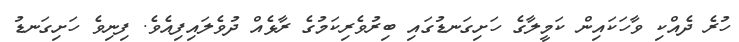
ހުރެ ދެއްކި ވާހަކައިން ކަމީލާގެ ހަށިގަނޑުގައި ބިރުވެރިކަމުގެ ރާޅެއް ދުވެލައިފިއެވެ. ފިނިވެ ހަށިގަނޑު